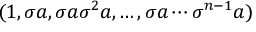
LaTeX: ( 1 , \sigma a , \sigma a \sigma ^ { 2 } a , \ldots , \sigma a \cdots \sigma ^ { n - 1 } a )